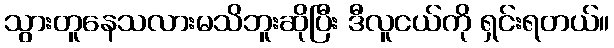
သွားတူနေသလားမသိဘူးဆိုပြီး ဒီလူငယ်ကို ရှင်းရတယ်။